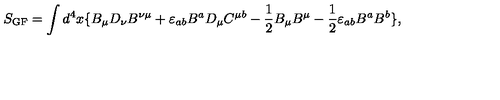
S _ { \mathrm { G F } } = \int d ^ { 4 } x \{ B _ { \mu } D _ { \nu } B ^ { \nu \mu } + \varepsilon _ { a b } B ^ { a } D _ { \mu } C ^ { \mu b } - \frac { 1 } { 2 } B _ { \mu } B ^ { \mu } - \frac { 1 } { 2 } \varepsilon _ { a b } B ^ { a } B ^ { b } \} ,